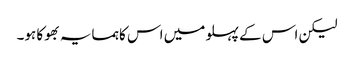
لیکن اس کے پہلو میں اس کا ہمسایہ بھوکا ہو۔